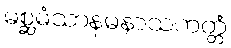
မစ္ဆမံသာနမနာသကတ္တံ